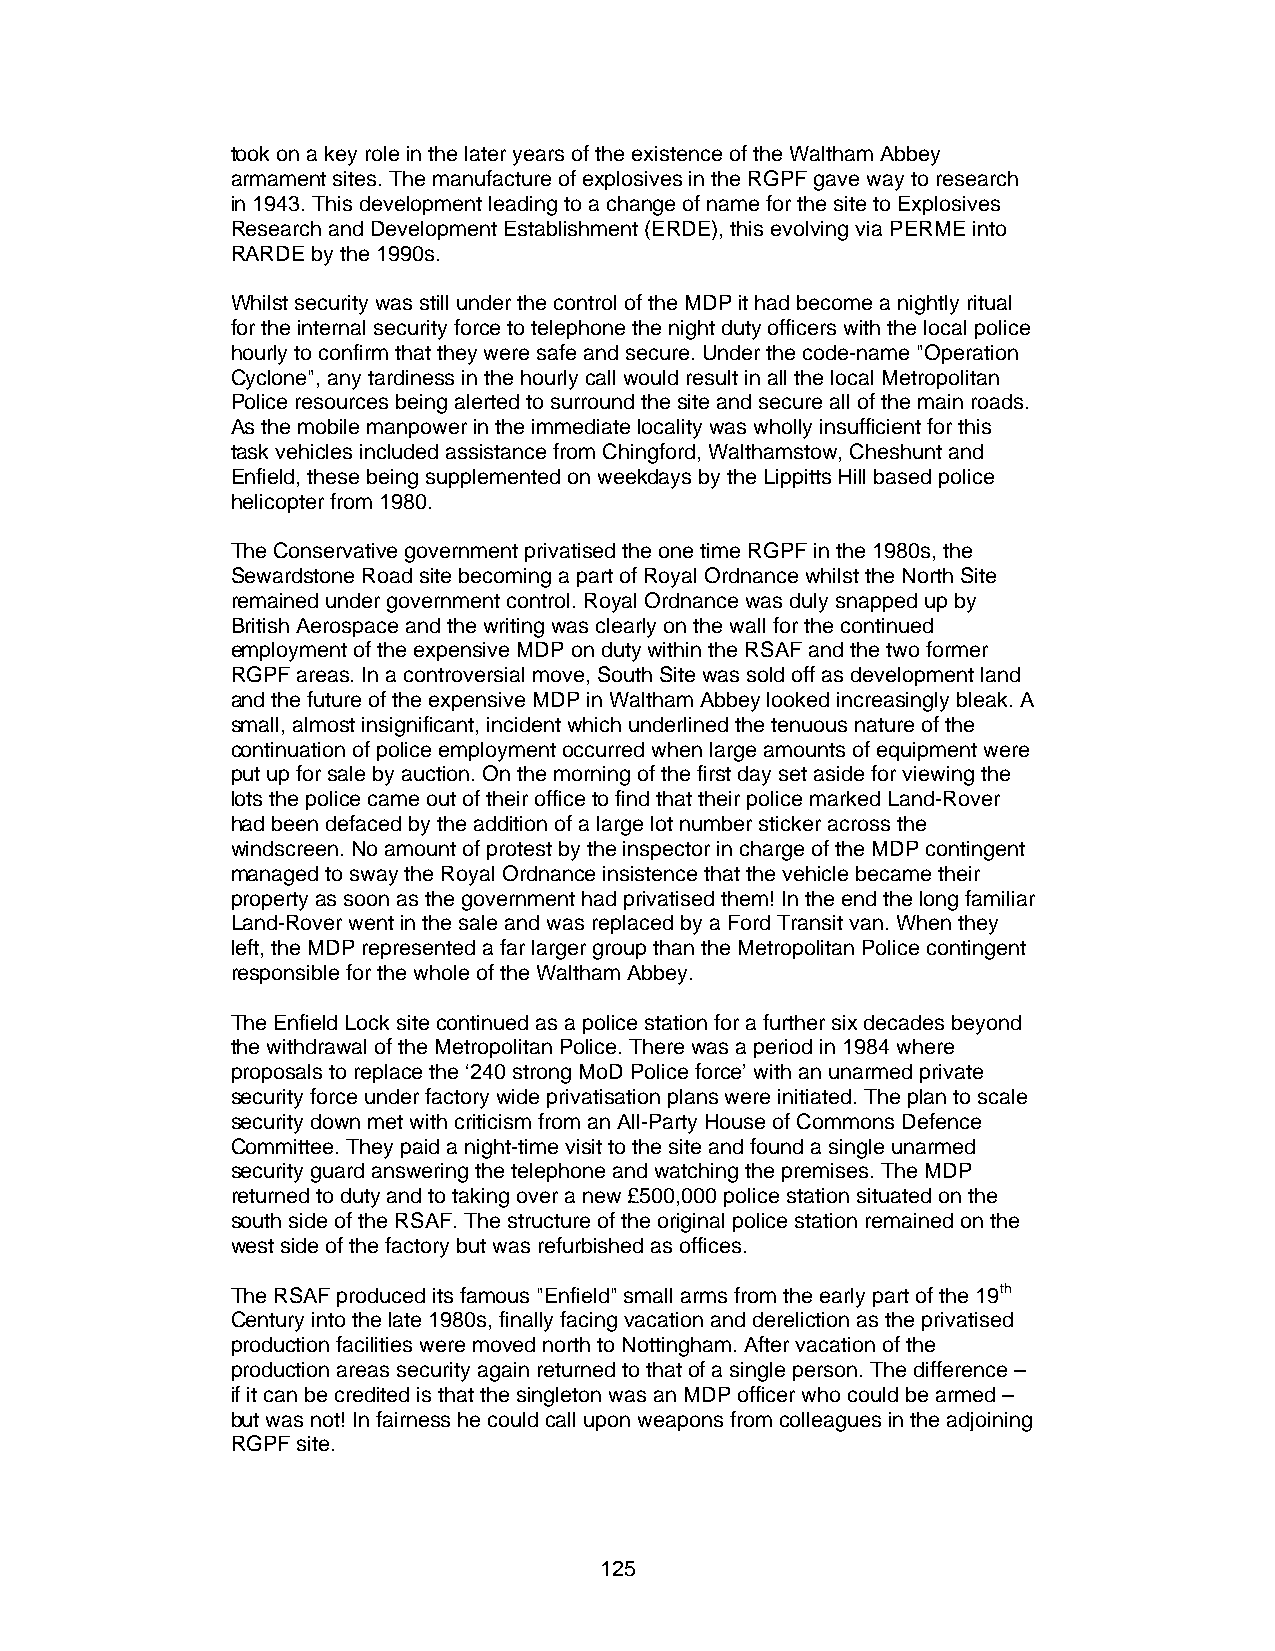
took on a key role in the later years of the existence of the Waltham Abbey
 armament sites. The manufacture of explosives in the RGPF gave way to research
 in 1943. This development leading to a change of name for the site to Explosives
 Research and Development Establishment (ERDE), this evolving via PERME into
 RARDE by the 1990s.
 Whilst security was still under the control of the MDP it had become a nightly ritual
 for the internal security force to telephone the night duty officers with the local police
 hourly to confirm that they were safe and secure. Under the code-name "Operation
 Cyclone", any tardiness in the hourly call would result in all the local Metropolitan
 Police resources being alerted to surround the site and secure all of the main roads.
 As the mobile manpower in the immediate locality was wholly insufficient for this
 task vehicles included assistance from Chingford, Walthamstow, Cheshunt and
 Enfield, these being supplemented on weekdays by the Lippitts Hill based police
 helicopter from 1980.
 The Conservative government privatised the one time RGPF in the 1980s, the
 Sewardstone Road site becoming a part of Royal Ordnance whilst the North Site
 remained under government control. Royal Ordnance was duly snapped up by
 British Aerospace and the writing was clearly on the wall for the continued
 employment of the expensive MDP on duty within the RSAF and the two former
 RGPF areas. In a controversial move, South Site was sold off as development land
 and the future of the expensive MDP in Waltham Abbey looked increasingly bleak. A
 small, almost insignificant, incident which underlined the tenuous nature of the
 continuation of police employment occurred when large amounts of equipment were
 put up for sale by auction. On the morning of the first day set aside for viewing the
 lots the police came out of their office to find that their police marked Land-Rover
 had been defaced by the addition of a large lot number sticker across the
 windscreen. No amount of protest by the inspector in charge of the MDP contingent
 managed to sway the Royal Ordnance insistence that the vehicle became their
 property as soon as the government had privatised them! In the end the long familiar
 Land-Rover went in the sale and was replaced by a Ford Transit van. When they
 left, the MDP represented a far larger group than the Metropolitan Police contingent
 responsible for the whole of the Waltham Abbey.
 The Enfield Lock site continued as a police station for a further six decades beyond
 the withdrawal of the Metropolitan Police. There was a period in 1984 where
 proposals to replace the ‘240 strong MoD Police force’ with an unarmed private
 security force under factory wide privatisation plans were initiated. The plan to scale
 security down met with criticism from an All-Party House of Commons Defence
 Committee. They paid a night-time visit to the site and found a single unarmed
 security guard answering the telephone and watching the premises. The MDP
 returned to duty and to taking over a new £500,000 police station situated on the
 south side of the RSAF. The structure of the original police station remained on the
 west side of the factory but was refurbished as offices.
 The RSAF produced its famous "Enfield" small arms from the early part of the 19th
 Century into the late 1980s, finally facing vacation and dereliction as the privatised
 production facilities were moved north to Nottingham. After vacation of the
 production areas security again returned to that of a single person. The difference –
 if it can be credited is that the singleton was an MDP officer who could be armed –
 but was not! In fairness he could call upon weapons from colleagues in the adjoining
 RGPF site.
 125